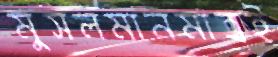
মুসলমানমাত্রই